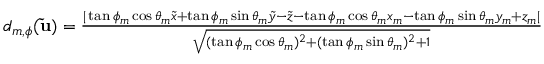
\begin{array} { r } { d _ { m , \phi } ( \mathbf { \tilde { u } } ) = \frac { | \tan \phi _ { m } \cos \theta _ { m } \tilde { x } + \tan \phi _ { m } \sin \theta _ { m } \tilde { y } - \tilde { z } - \tan \phi _ { m } \cos \theta _ { m } x _ { m } - \tan \phi _ { m } \sin \theta _ { m } y _ { m } + z _ { m } | } { \sqrt { ( \tan \phi _ { m } \cos \theta _ { m } ) ^ { 2 } + ( \tan \phi _ { m } \sin \theta _ { m } ) ^ { 2 } + 1 } } } \end{array}